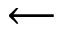
\longleftarrow